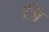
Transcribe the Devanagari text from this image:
त्रिं